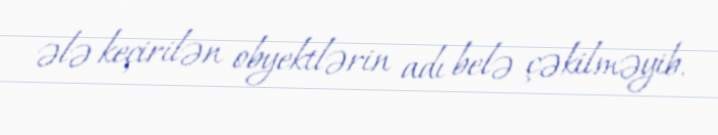
ələ keçirilən obyektlərin adı belə çəkilməyib.